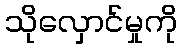
သိုလှောင်မှုကို